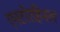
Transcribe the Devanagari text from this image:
एनटोरहिनल